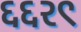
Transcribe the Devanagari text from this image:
६६२९